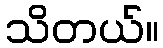
သိတယ်။